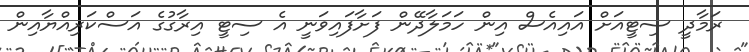
ރަމާދީ ސިޓީއަށް އައިއެސް އިން ހަމަލާދޭން ފަށާފައިވަނީ އެ ސިޓީ އިރާގުގެ އަސްކަރިއްޔާއިން